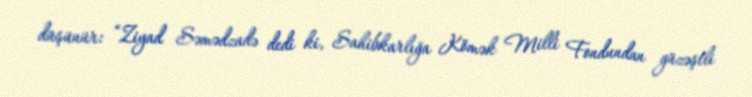
düşünür: “Ziyad Səmədzadə dedi ki, Sahibkarlığa Kömək Milli Fondundan güzəştli